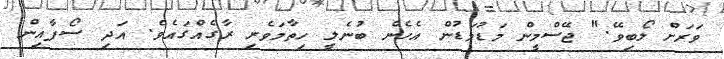
ވަރަށް ލޯބިވޭ." ޖޭސްމީން މަޑުމަޑުން އެހެން ބުނެލީ ހިތާމަވެރި ރާގެއްގައެވެ. އަދި ސޯފާއިން